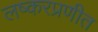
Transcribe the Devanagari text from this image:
लष्करप्रणीत